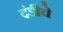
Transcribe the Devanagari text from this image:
दंडीचे